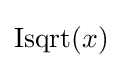
\operatorname {Isqrt} (x)